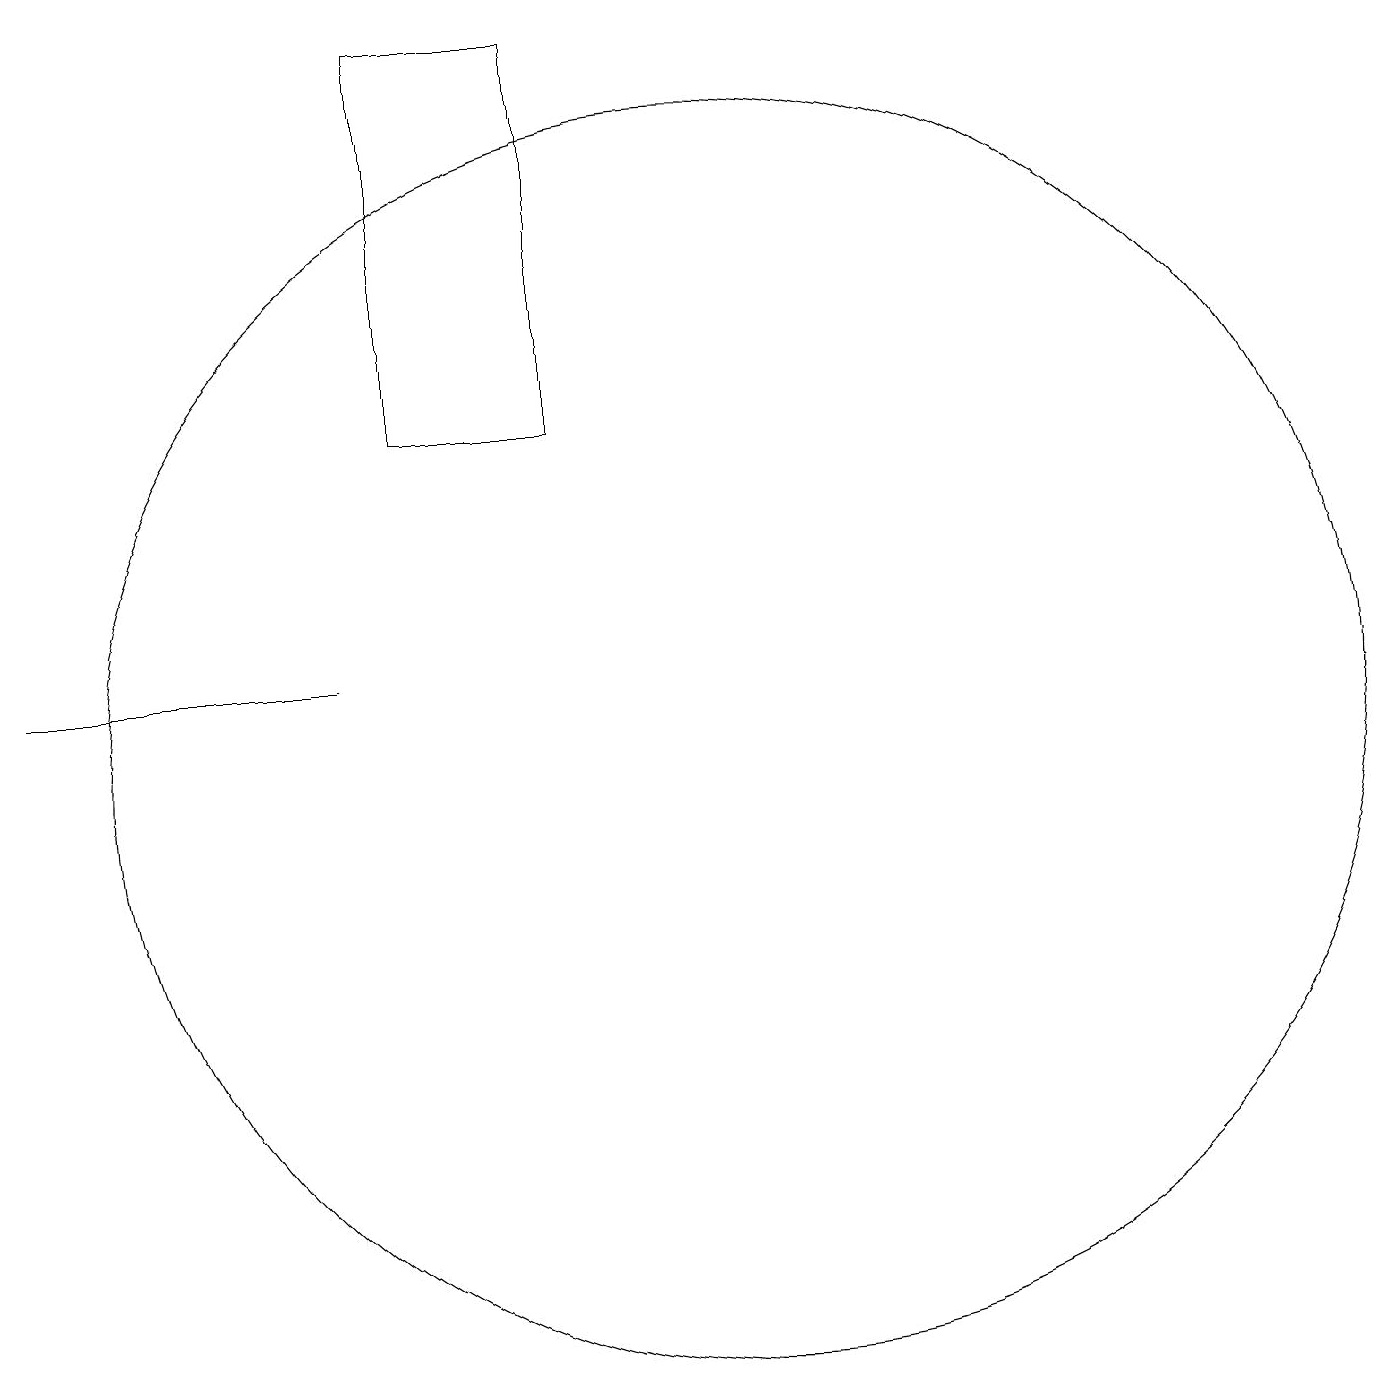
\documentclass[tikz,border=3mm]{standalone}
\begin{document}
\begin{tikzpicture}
\draw (7,14) rectangle (9,19);
\draw (11,10) circle (8);
\draw (6,11) rectangle (2,11);
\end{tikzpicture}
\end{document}